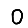
Digit: 0